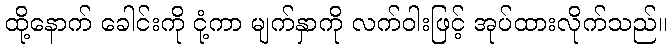
ထို့နောက် ခေါင်းကို ငုံ့ကာ မျက်နှာကို လက်ဝါးဖြင့် အုပ်ထားလိုက်သည်။